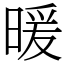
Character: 暖